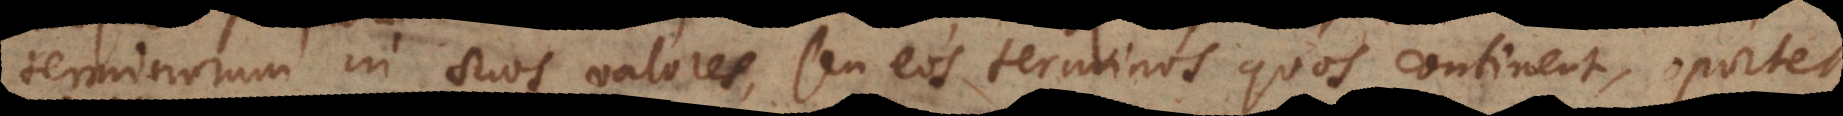
terminorum in suos valores, seu eos terminos quos continent, oportet